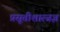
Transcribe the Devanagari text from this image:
प्रसूतीशास्त्रज्ञ